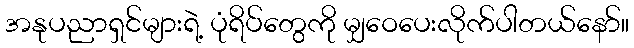
အနုပညာရှင်များရဲ့ ပုံရိပ်တွေကို မျှဝေပေးလိုက်ပါတယ်နော်။